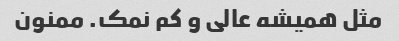
مثل همیشه عالی و کم نمک. ممنون